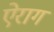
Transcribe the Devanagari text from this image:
ऐराग